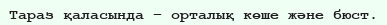
Тараз қаласында – орталық көше және бюст.